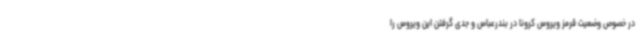
در خصوص وضعیت قرمز ویروس کرونا در بندرعباس و جدی گرفتن این ویروس را